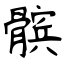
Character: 髌